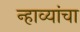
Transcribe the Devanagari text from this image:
न्हाव्यांचा